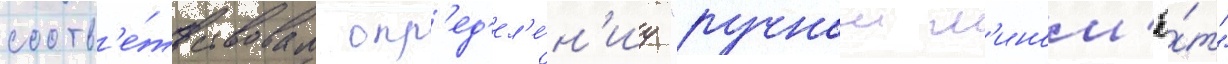
соотв'е́тствовал опр'ед'ел'е́н'иу "ручнои м'ином'ё́т"